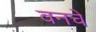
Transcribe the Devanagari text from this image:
वनचे